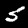
Label: 5